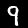
Digit: 9